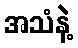
အသံနဲ့